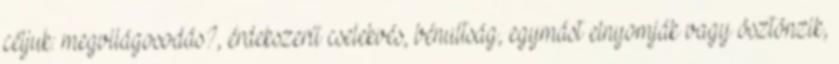
céljuk: megvilágosodás?, érdekszerű cselekvés, bénultság, egymást elnyomják vagy ösztönzik,